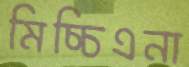
মিচ্চিএনা